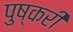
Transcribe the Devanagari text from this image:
पुष्करी